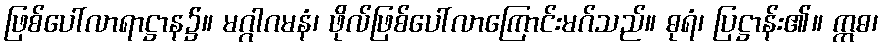
ဖြစ်ပေါ်လာရာဋ္ဌာန၌။ မဂ္ဂါဂမနံ၊ ဖိုလ်ဖြစ်ပေါ်လာကြောင်းမဂ်သည်။ ဓုရံ၊ ပြဋ္ဌာန်း၏။ ဣဓ၊